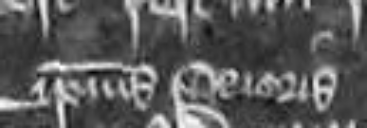
ipsius Prioris